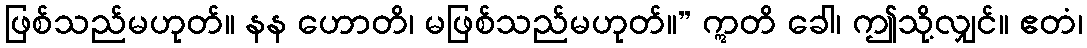
ဖြစ်သည်မဟုတ်။ နန ဟောတိ၊ မဖြစ်သည်မဟုတ်။” ဣတိ ခေါ၊ ဤသို့လျှင်။ ဧတံ၊